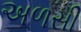
અળસી